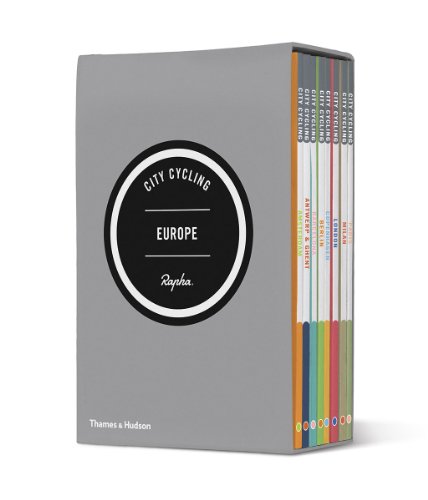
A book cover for City Cycling: Europe; Max Leonard; Travel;